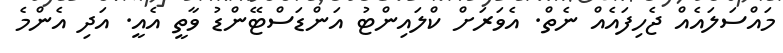
މައްސަލައެއް ޖެހިފައެއް ނެތް. އެވަރަށް ކްލައިންޓު އަންޑަސްޓޭންޑު ވާތީ އެއީ. އަދި އެންމެ